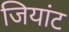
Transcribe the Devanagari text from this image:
जियांट